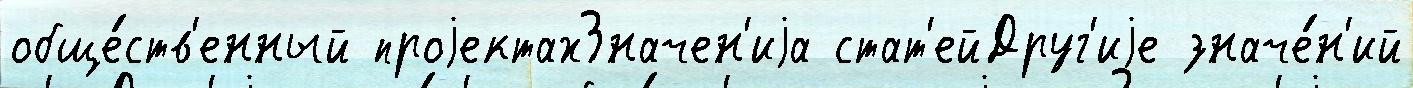
обще́ств'енный проjектахЗначен'иjа стат'ейДруг'иjе значе́н'ий